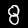
Label: 8